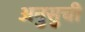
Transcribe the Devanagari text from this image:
अनुसुची